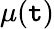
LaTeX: \mu(\mathtt{t})